65_HS1-834228961_62-HQ-83894_Section_9
Agency: FBI
Page 120
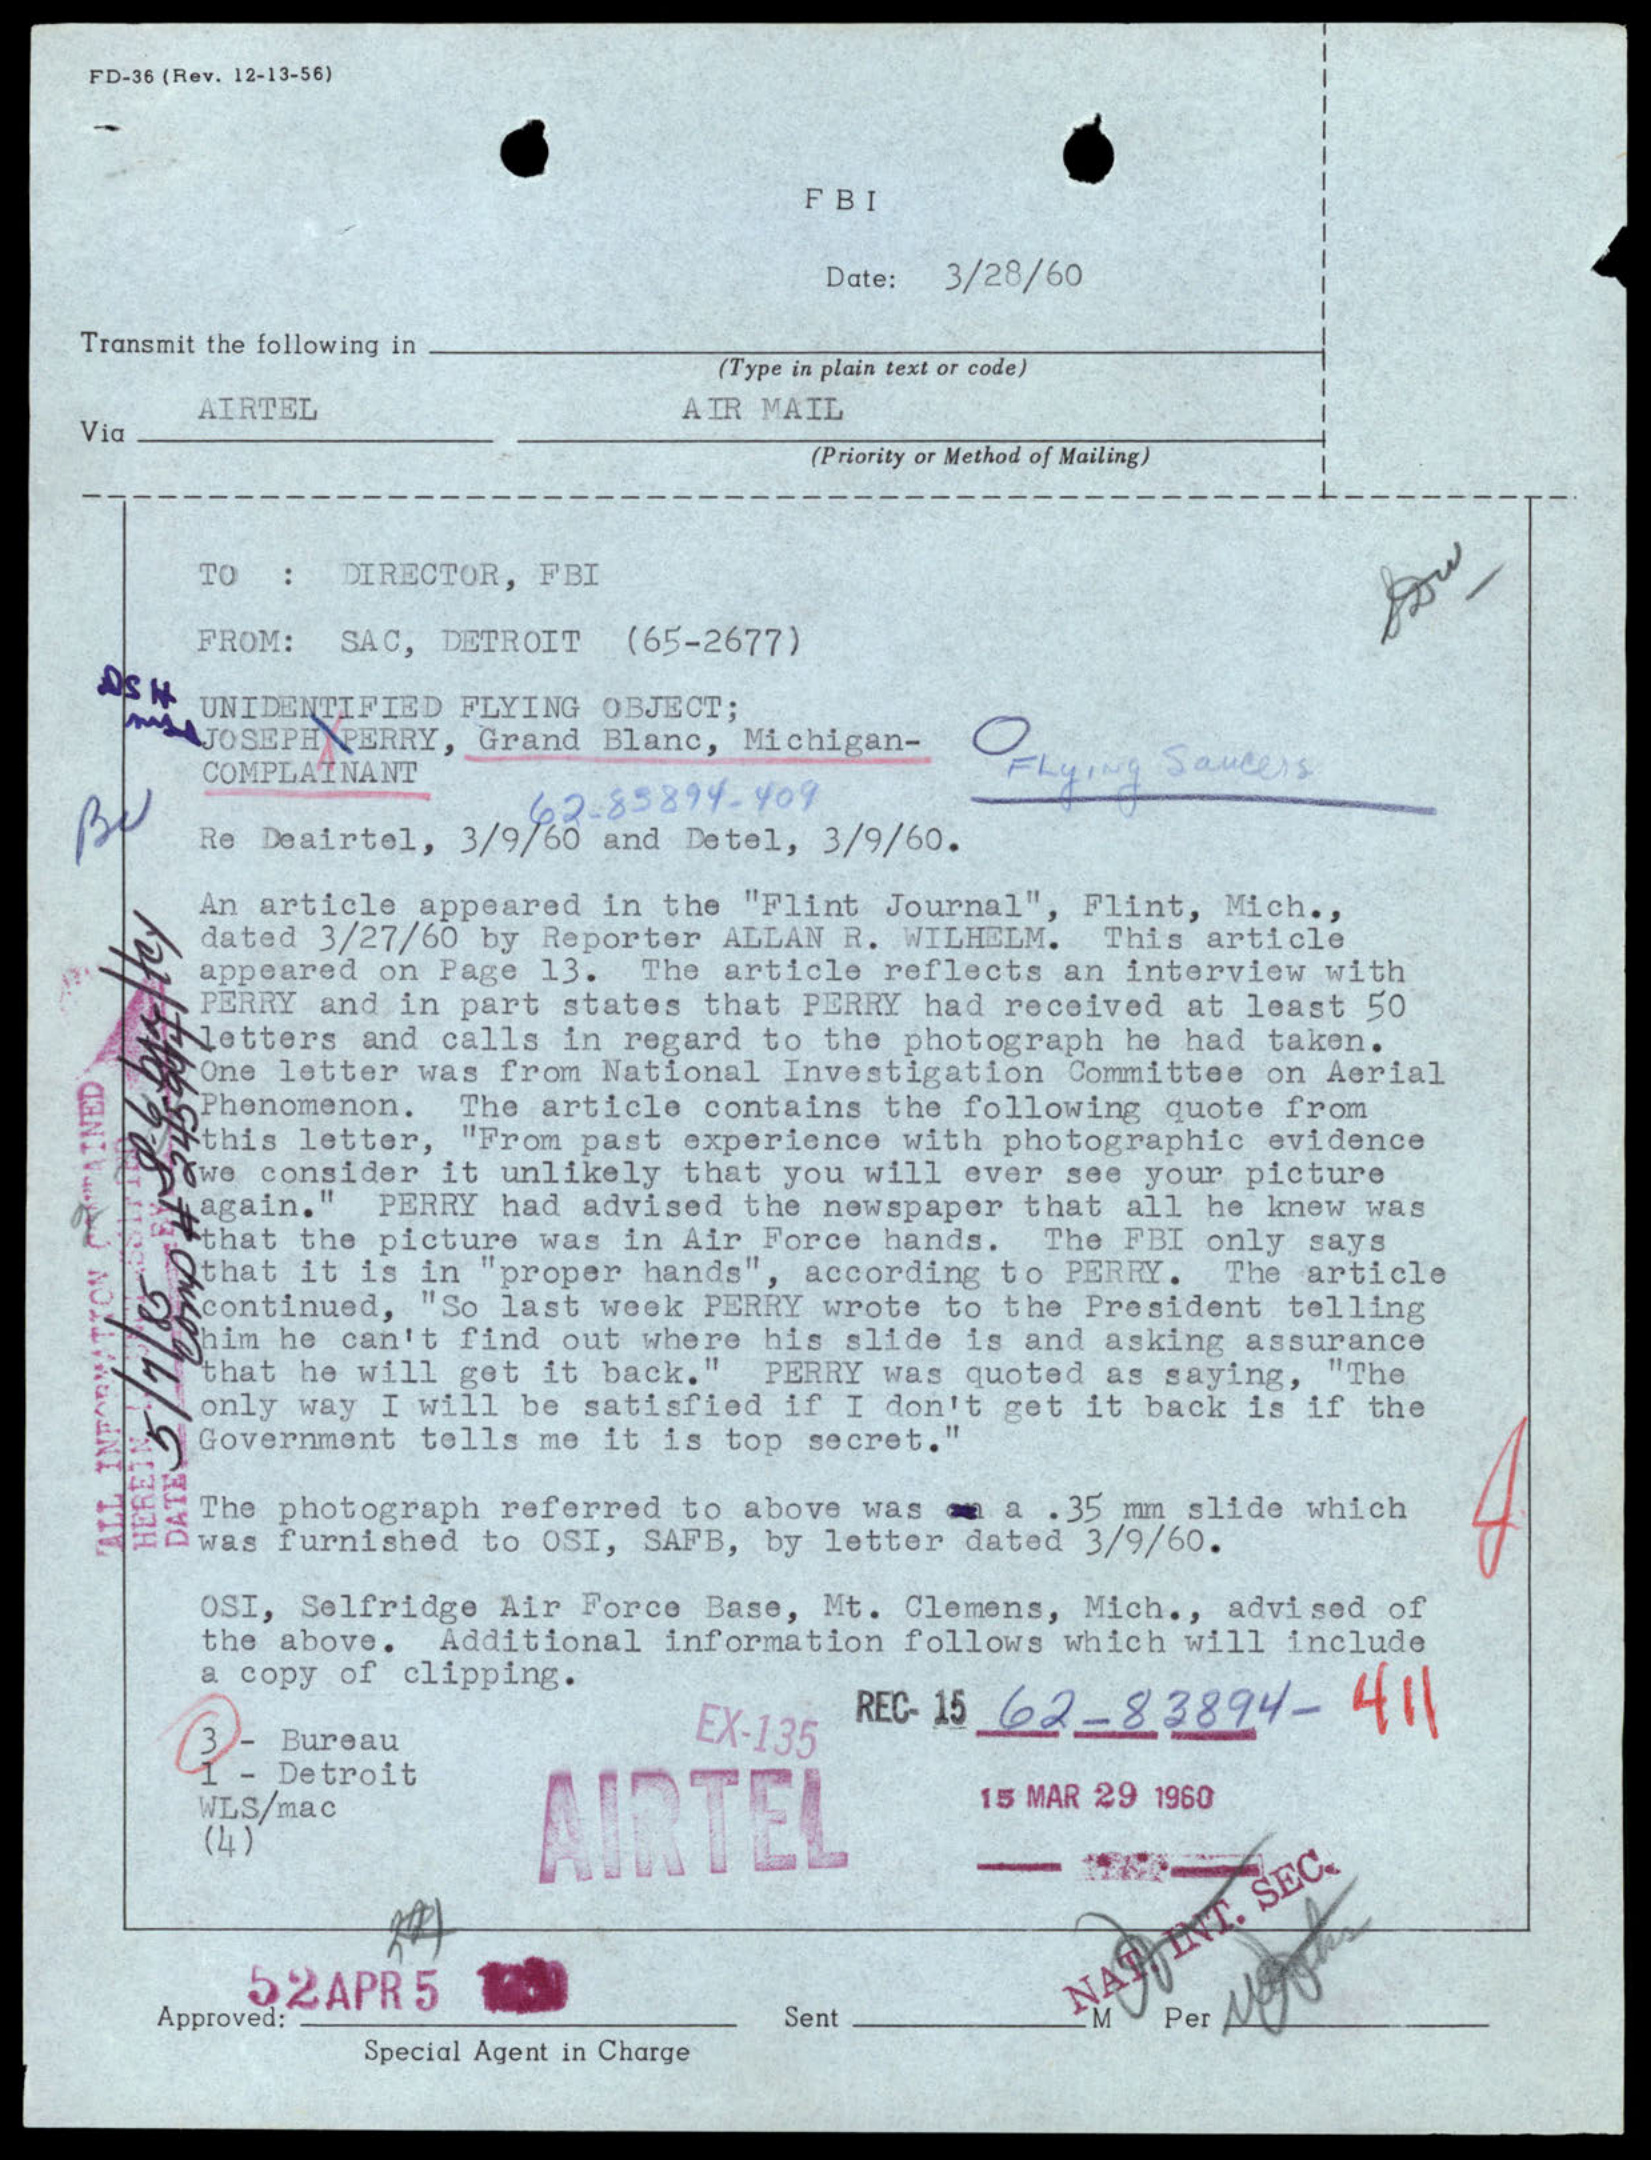